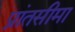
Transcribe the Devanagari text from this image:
प्रांतसीमा